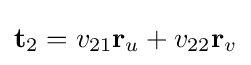
\mathbf {t} _{2}=v_{21}\mathbf {r} _{u}+v_{22}\mathbf {r} _{v}